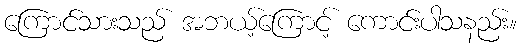
ကြောင်သားသည် အဘယ့်ကြောင့် ကောင်းပါသနည်း။